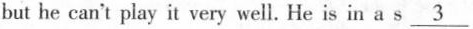
but he can't play it very well. He is in a s \underline3